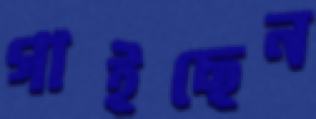
গাইছেন